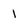
Character: 1